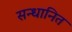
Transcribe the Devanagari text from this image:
सन्धानित